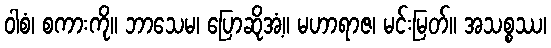
ဝါစံ၊ စကားကို။ ဘာသေမ၊ ပြောဆိုအံ့။ မဟာရာဇ၊ မင်းမြတ်။ အသစ္စဿ၊